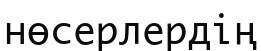
нөсерлердің